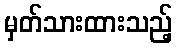
မှတ်သားထားသည့်